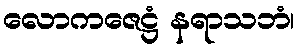
လောကဇေဋ္ဌံ နရာသဘံ၊